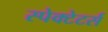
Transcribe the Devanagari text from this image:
स्पेक्टेटर्स